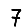
Digit: 7